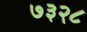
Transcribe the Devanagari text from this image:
७३२८